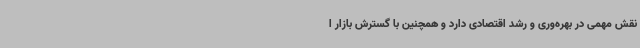
نقش مهمی در بهره‌وری و رشد اقتصادی دارد و همچنین با گسترش بازار ا